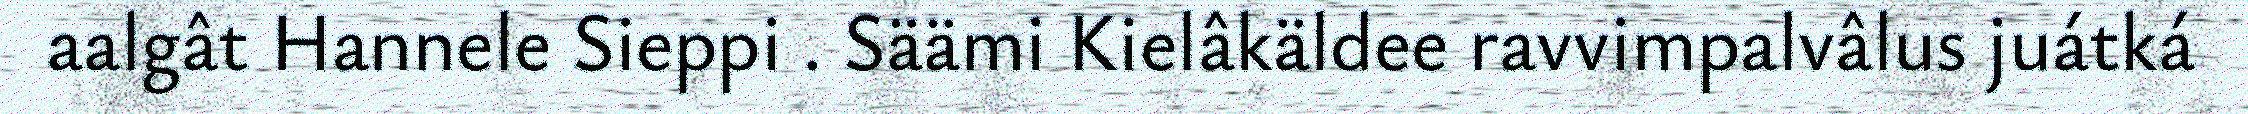
aalgât Hannele Sieppi . Säämi Kielâkäldee ravvimpalvâlus juátká